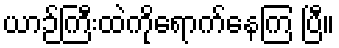
ယာဉ်ကြီးထဲကိုရောက်နေကြ ပြီ။